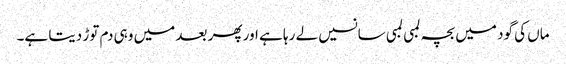
ماں کی گود میں بچہ لمبی لمبی سانسیں لے رہا ہے اور پھر بعد میں وہی دم توڑ دیتا ہے۔